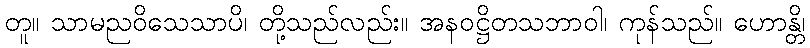
တူ။ သာမညဝိသေသာပိ၊ တို့သည်လည်း။ အနဝဋ္ဌိတသဘာဝါ၊ ကုန်သည်။ ဟောန္တိ၊